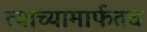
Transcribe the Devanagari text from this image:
त्यांच्यामार्फतच